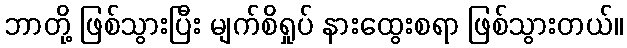
ဘာတို့ ဖြစ်သွားပြီး မျက်စိရှုပ် နားထွေးစရာ ဖြစ်သွားတယ်။